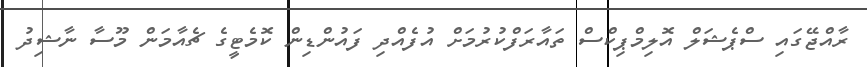
ރާއްޖޭގައި ސްޕެޝަލް އޮލިމްޕިކްސް ތައާރަފްކުރުމަށް އުފެއްދި ފައުންޑިން ކޮމެޓީގެ ޗެއާމަން މޫސާ ނާޝިދު